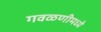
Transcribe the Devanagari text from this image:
गवळणीमध्ये